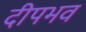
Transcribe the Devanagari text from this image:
दीपभव